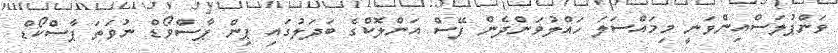
ވަންޕުލަސްއިންވަނީ މިމައްސަލަ ހައްލުވަންދެން ފޭސް އަންލޮކްގެ ބަދަލުގައި ޕިން ޕާސްވޯޑް ނުވަތަ ޕާސްކޯޑް